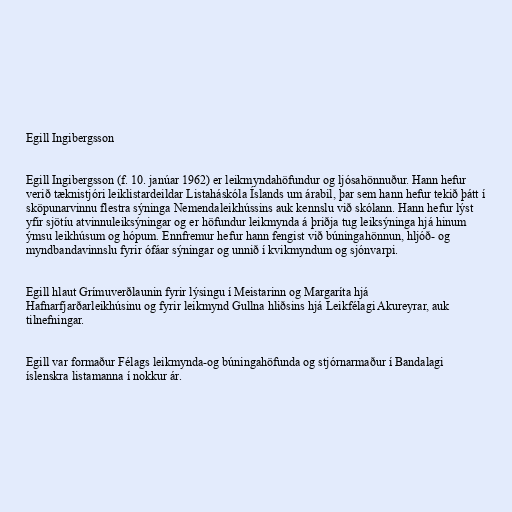
Egill Ingibergsson

Egill Ingibergsson (f. 10. janúar 1962) er leikmyndahöfundur og ljósahönnuður. Hann hefur
verið tæknistjóri leiklistardeildar Listaháskóla Íslands um árabil, þar sem hann hefur tekið þátt í
sköpunarvinnu flestra sýninga Nemendaleikhússins auk kennslu við skólann. Hann hefur lýst
yfir sjötíu atvinnuleiksýningar og er höfundur leikmynda á þriðja tug leiksýninga hjá hinum
ýmsu leikhúsum og hópum. Ennfremur hefur hann fengist við búningahönnun, hljóð- og
myndbandavinnslu fyrir ófáar sýningar og unnið í kvikmyndum og sjónvarpi.

Egill hlaut Grímuverðlaunin fyrir lýsingu í Meistarinn og Margaríta hjá
Hafnarfjarðarleikhúsinu og fyrir leikmynd Gullna hliðsins hjá Leikfélagi Akureyrar, auk
tilnefningar.

Egill var formaður Félags leikmynda-og búningahöfunda og stjórnarmaður í Bandalagi
íslenskra listamanna í nokkur ár.